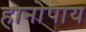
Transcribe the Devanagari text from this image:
हानोपाय